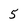
Character: 5